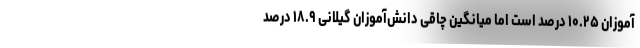
‌آموزان ۱۰.۲۵ درصد است اما میانگین چاقی دانش‌آموزان گیلانی ۱۸.۹ درصد